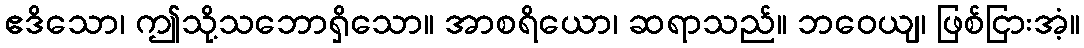
ဧဒိသော၊ ဤသို့သဘောရှိသော။ အာစရိယော၊ ဆရာသည်။ ဘဝေယျ၊ ဖြစ်ငြားအံ့။